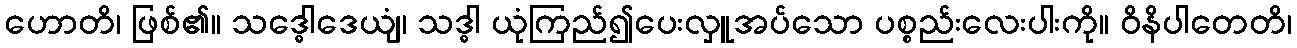
ဟောတိ၊ ဖြစ်၏။ သဒ္ဓေါဒေယျံ၊ သဒ္ဓါ ယုံကြည်၍ပေးလှူအပ်သော ပစ္စည်းလေးပါးကို။ ဝိနိပါတေတိ၊